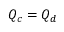
Q _ { c } = Q _ { d }